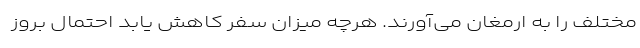
مختلف را به ارمغان می‌آورند. هرچه میزان سفر کاهش یابد احتمال بروز